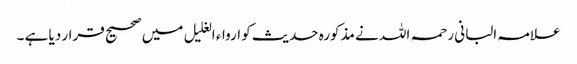
علامہ البانی رحمہ اللہ نے مذکورہ حدیث کو ارواء الغلیل میں صحیح قرار دیا ہے ۔